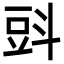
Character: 㪷